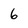
Character: 6